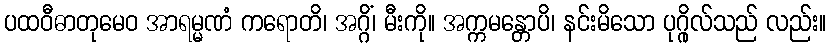
ပထဝီဓာတုမေဝ အာရမ္မဏံ ကရောတိ၊ အဂ္ဂိံ၊ မီးကို။ အက္ကမန္တောပိ၊ နင်းမိသော ပုဂ္ဂိုလ်သည် လည်း။